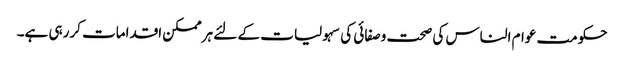
حکومت عوام الناس کی صحت وصفائی کی سہولیات کے لئے ہرممکن اقدامات کررہی ہے۔